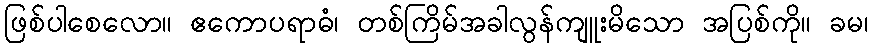
ဖြစ်ပါစေလော။ ဧကောပရာဓံ၊ တစ်ကြိမ်အခါလွန်ကျူးမိသော အပြစ်ကို။ ခမ၊